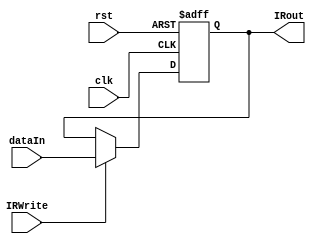
`timescale 1ns/1ns
module IR(input clk, rst, input IRWrite, input [31:0] dataIn, output reg [31:0] IRout);
  always@(posedge clk, posedge rst) begin
    if(rst)
      IRout <= 32'b0;
    else
      if(IRWrite)
        IRout <= dataIn;
      else
        IRout <= IRout;
  end
endmodule